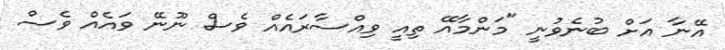
އޭނާ އަށް ބުނެވުނީ "މަންމާއޭ ތިއީ ވިއްސާރައެއް ވެސް ނޫނޭ ވައެއް ވެސް